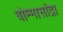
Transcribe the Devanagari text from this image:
बोम्मासांद्रा